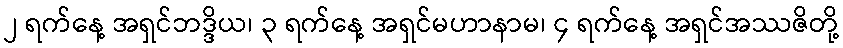
၂ ရက်နေ့ အရှင်ဘဒ္ဒိယ၊ ၃ ရက်နေ့ အရှင်မဟာနာမ၊ ၄ ရက်နေ့ အရှင်အဿဇိတို့